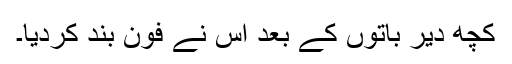
کچھ دیر باتوں کے بعد اس نے فون بند کردیا۔